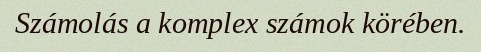
Számolás a komplex számok körében.